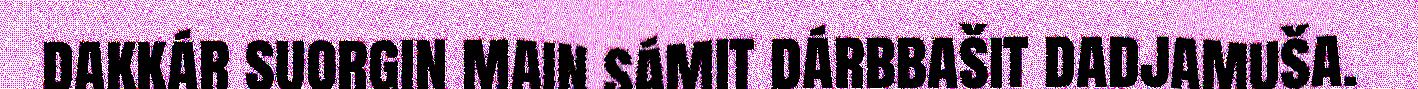
dakkár suorgin main sámit dárbbašit dadjamuša.